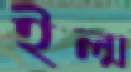
ইল্ম